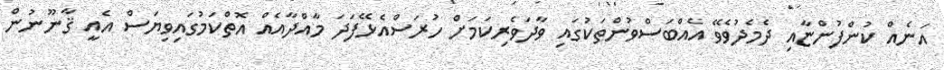
އަނެއް ކުންފުންޏާއި ދެމެދުވެވޭ އެއްބަސްވުންތަކުގައި ވާދަވެރިކަމަށް ހުރަސްއެޅޭފަދަ މާއްދާއެއް އޮތްކަމުގައިވިޔަސް އެއީ ޤާނޫނުން